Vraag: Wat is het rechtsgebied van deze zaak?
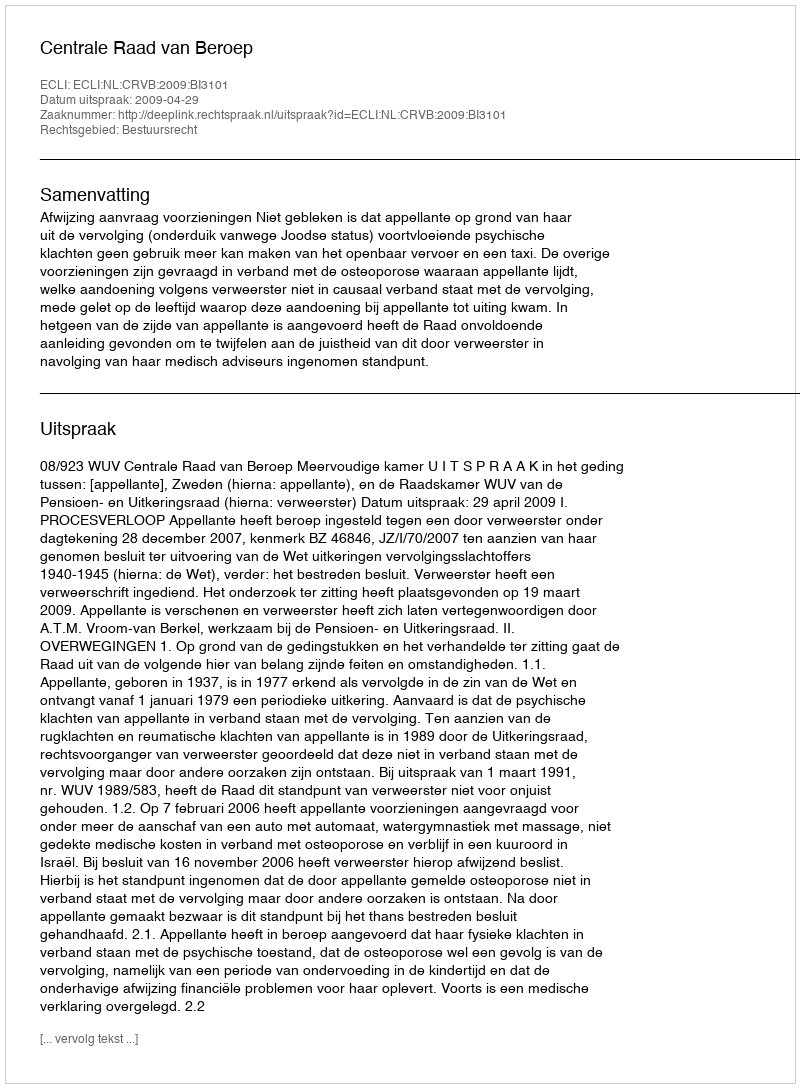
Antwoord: Bestuursrecht